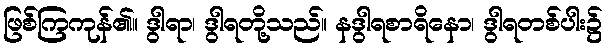
ဖြစ်ကြကုန်၏။ ဒွါရာ၊ ဒွါရတို့သည်။ နဒွါရစာရိနော၊ ဒွါရတစ်ပါး၌